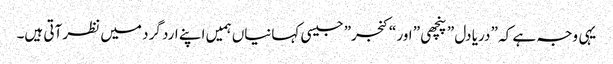
یہی وجہ ہے کہ ” دریا دل ” پنچھی ” اور “کنجر” جیسی کہانیاں ہمیں اپنے ارد گرد میں نظر آتی ہیں۔